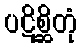
ပဋိစ္ဆိတုံ